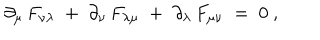
\partial _ { \mu } \, F _ { \nu \lambda } \; + \; \partial _ { \nu } \, F _ { \lambda \mu } \; + \; \partial _ { \lambda } \, F _ { \mu \nu } \; = \; 0 ~ ,